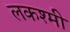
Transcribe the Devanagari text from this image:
लकश्मी